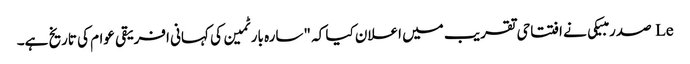
Le صدر مبیکی نے افتتاحی تقریب میں اعلان کیا کہ "سارہ بارٹمین کی کہانی افریقی عوام کی تاریخ ہے۔